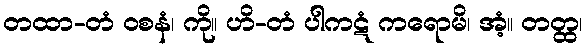
တထာ-တံ ဝစနံ၊ ကို။ ဟိ-တံ ပါကဋံ ကရောမိ၊ အံ့။ တတ္ထ၊